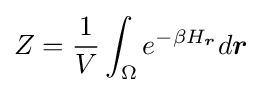
Z={\frac {1}{V}}\int _{\Omega }e^{-\beta H_{\boldsymbol {r}}}d{\boldsymbol {r}}